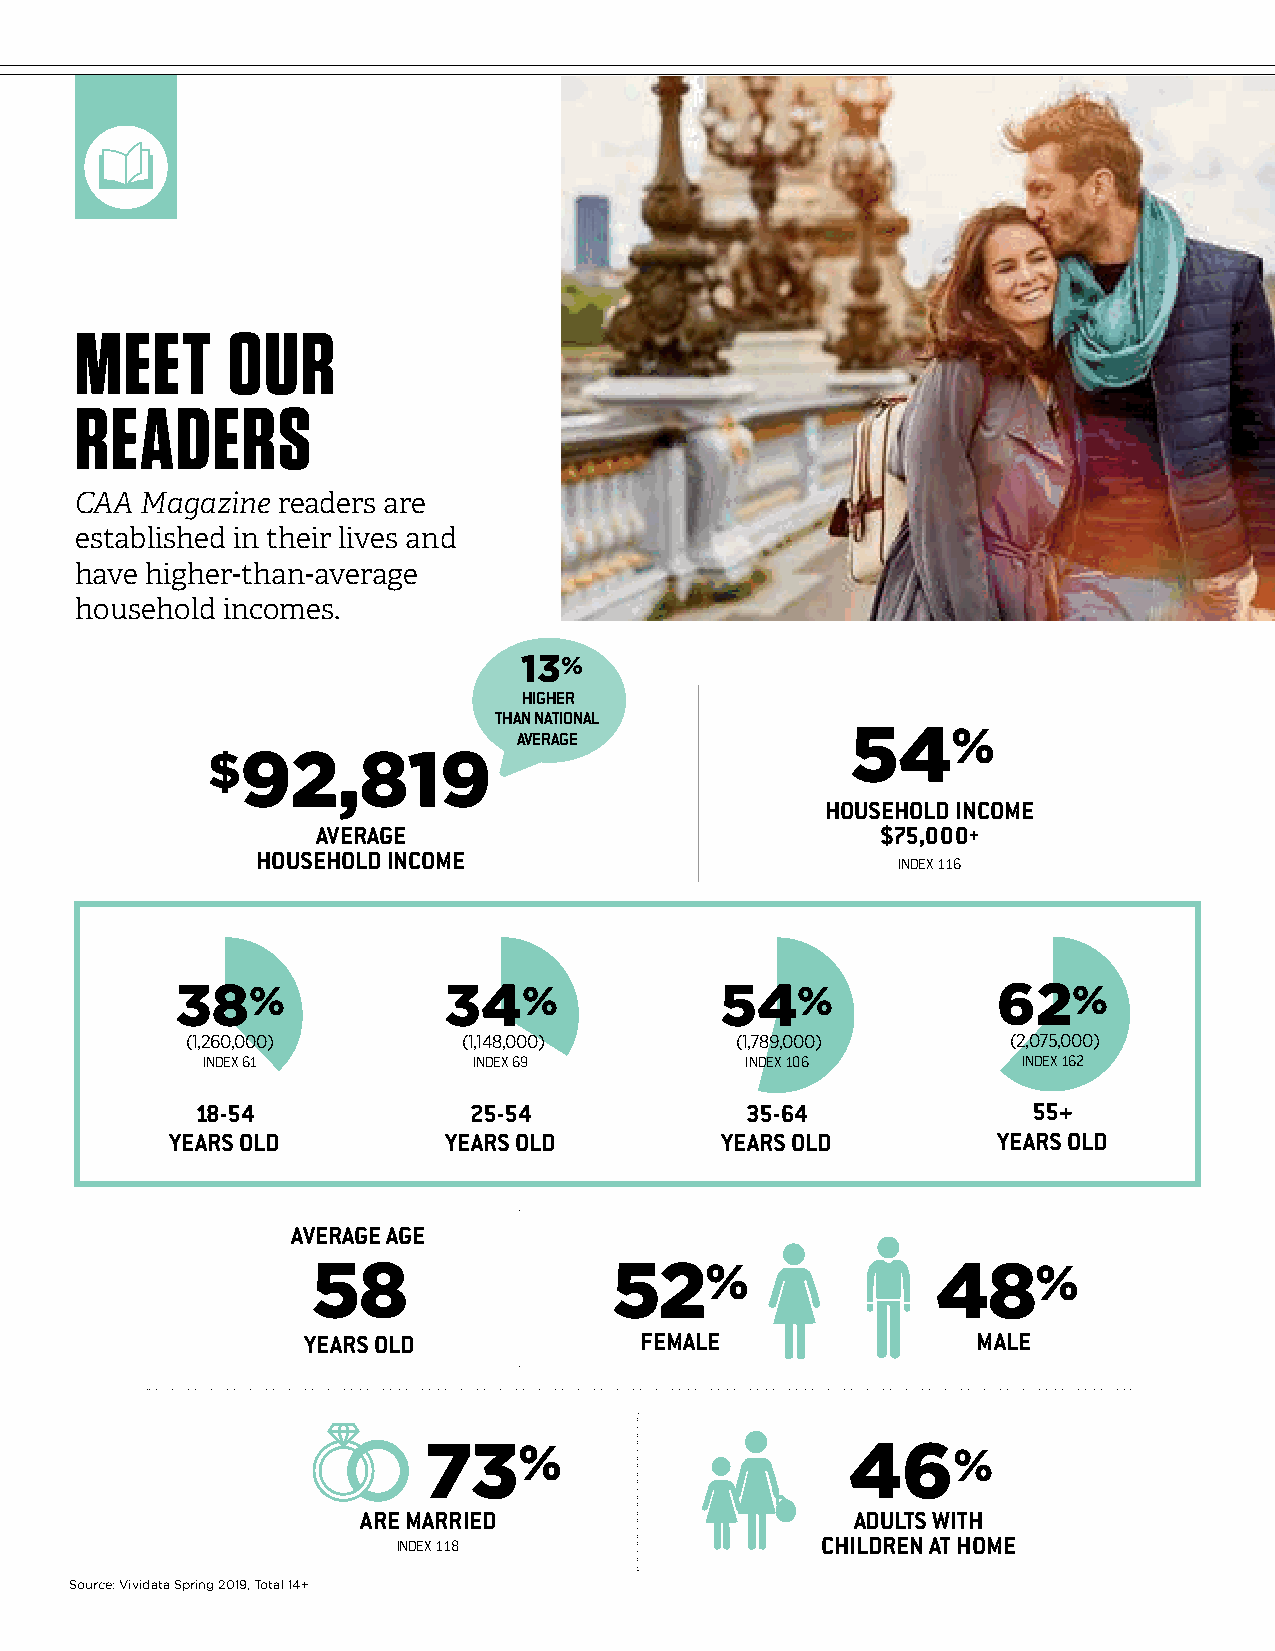
MEET      OUR
 READERS
 CAA Magazine readers are
 established in their lives and
 have higher-than-average
 household incomes.
 13%
 HIGHER
 THAN NATIONAL
 AVERAGE               54%
 $92,819
 HOUSEHOLD INCOME
 AVERAGE                              $75,000+
 HOUSEHOLD INCOME
 INDEX 116
 38%              34%                54%               62%
 (1,260,000)        (1,148,000)       (1,789,000)       (2,075,000)
 INDEX 61          INDEX 69          INDEX 106          INDEX 162
 18-54             25-54             35-64              55+
 YEARS OLD         YEARS OLD          YEARS OLD         YEARS OLD
 AVERAGE AGE
 58                 52%                   48%
 YEARS OLD             FEMALE                 MALE
 73%                         46%
 ARE MARRIED                      ADULTS WITH
 INDEX 118                   CHILDREN AT HOME
 Source: Vividata Spring 2019, Total 14+